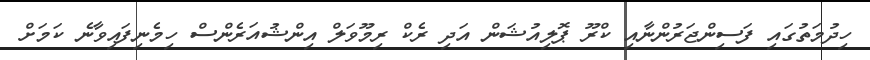
ހިދުމަތުގައި ފަސިންޖަރުންނާއި ކްރޫ ޕޮލިއުޝަން އަދި ރެކް ރިމޫވަލް އިންޝުއަރެންސް ހިމެނިފައިވާނެ ކަމަށް